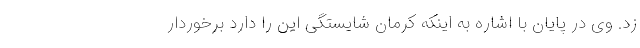
زد. وی در پایان با اشاره به اینکه کرمان شایستگی این را دارد برخوردار